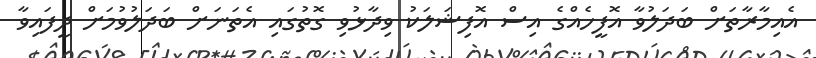
އެއިމާރާތަށް ބަދަލުވާ އޮފީހެއްގެ އިސް އޮފިޝަލަކު ވިދާޅުވި ގޮތުގައި އެތަނަށް ބަދަލުވުމަށް ދީފައިވާ